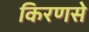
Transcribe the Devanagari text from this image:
किरणसे